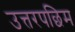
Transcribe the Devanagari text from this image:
उत्तरपछिम